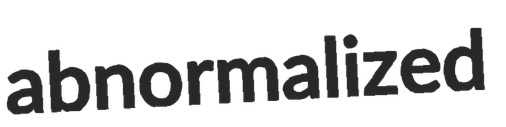
abnormalized